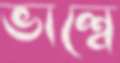
ভাল্বে